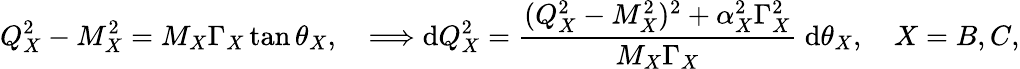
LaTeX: Q_{X}^{2}-M_{X}^{2}=M_{X}\Gamma_{X}\tan\theta_{X},\quad\Longrightarrow\mathrm{d}Q_{X}^{2}=\frac{(Q_{X}^{2}-M_{X}^{2})^{2}+\alpha_{X}^{2}\Gamma_{X}^{2}}{M_{X}\Gamma_{X}}\; \mathrm{d}\theta_{X},\quad X=B,C,